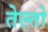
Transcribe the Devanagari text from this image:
तेल्तो